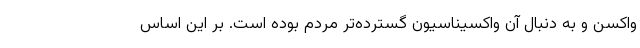
واکسن و به دنبال آن واکسیناسیون گسترده‌تر مردم بوده است. بر این اساس